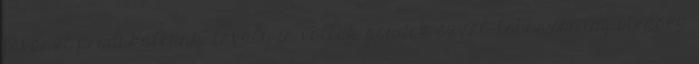
tavaszt produkáltunk, tavaly is voltak gondok ezzel, többször impotensek